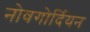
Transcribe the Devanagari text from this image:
नोवगोर्दियन